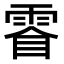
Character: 𮦓